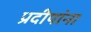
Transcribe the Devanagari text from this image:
प्रदीपांना